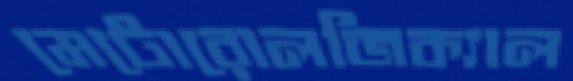
মেটোরোলজিক্যাল